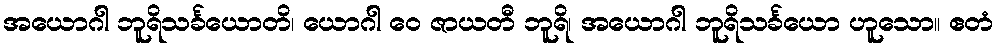
အယောဂါ ဘူရိသင်္ခယောတိ၊ ယောဂါ ဝေ ဇာယတီ ဘူရိ၊ အယောဂါ ဘူရိသင်္ခယော ဟူသော။ ဧတံ